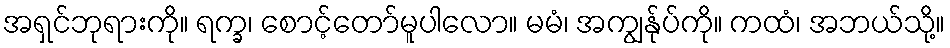
အရှင်ဘုရားကို။ ရက္ခ၊ စောင့်တော်မူပါလော။ မမံ၊ အကျွန်ုပ်ကို။ ကထံ၊ အဘယ်သို့။